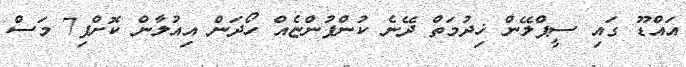
އައްޑޫ ގައި ސީޕްލޭން ޚިދުމަތް ދޭނެ ކުންފުންޏެއް ހޯދަން އިއުލާން ކޮށްފި7 މަސް